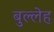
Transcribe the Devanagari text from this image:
बुल्लेह